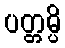
ပတ္တမ္ပိ